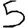
Digit: 5